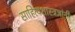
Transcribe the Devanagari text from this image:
साहित्यशास्त्रज्ञांनी